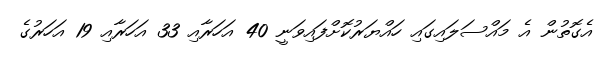
އެގޮތުން އެ މައްސަލައިގައި ހައްޔަރުކޮށްފައިވަނީ 40 އަހަރާއި 33 އަހަރާއި 19 އަހަރުގެ